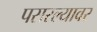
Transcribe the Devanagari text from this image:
पसरल्यावर